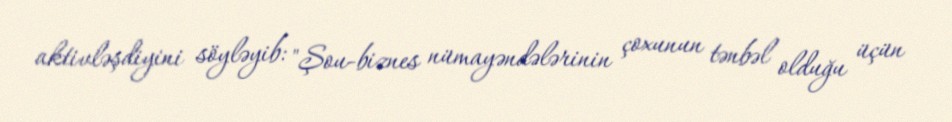
aktivləşdiyini söyləyib: "Şou-biznes nümayəndələrinin çoxunun tənbəl olduğu üçün